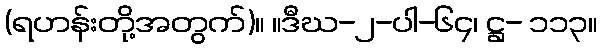
(ရဟန်းတို့အတွက်)။ ။ဒီဃ-၂-ပါ-၆၄၊ ဋ္ဌ- ၁၁၃။